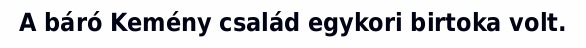
A báró Kemény család egykori birtoka volt.